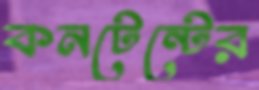
কনটেন্টের